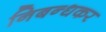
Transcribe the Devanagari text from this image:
निबन्धकर